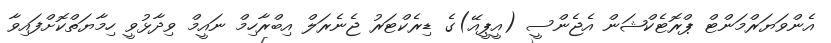
އެންވަޔަރްމަންޓް ޕްރޮޓެކްޝަން އެޖެންސީ (އީޕީއޭ)ގެ ޑިރެކްޓަރު ޖެނެރަލް އިބްރާހިމް ނައީމް ވިދާޅުވީ ހިމާޔަތްކޮށްފައިވާ